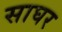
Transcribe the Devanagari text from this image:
साघर